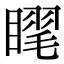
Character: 𥉗